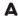
A